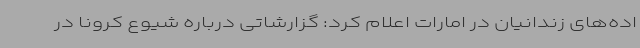
اده‌های زندانیان در امارات اعلام کرد: گزارشاتی درباره شیوع کرونا در